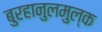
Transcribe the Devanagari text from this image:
बुरहानुलमुल्क